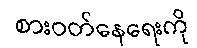
စားဝတ်နေရေးကို